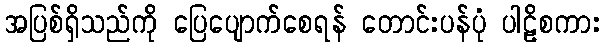
အပြစ်ရှိသည်ကို ပြေပျောက်စေရန် တောင်းပန်ပုံ ပါဠိစကား